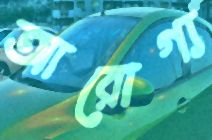
আরোগ্য